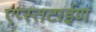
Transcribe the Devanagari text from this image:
एप्स्तटाईण